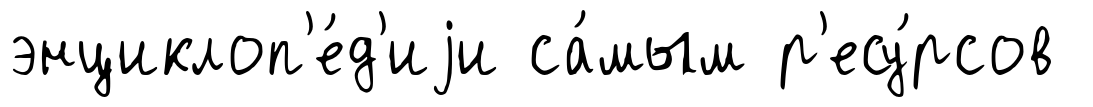
энциклоп'е́д'иjи са́мым р'есу́рсов